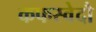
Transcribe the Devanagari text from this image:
कफस्वेदौ